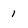
Character: 1